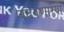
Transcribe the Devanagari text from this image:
वठवणार्‍या